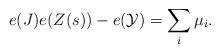
LaTeX: \begin{align*}e(J)e(Z(s))-e(\mathcal Y)=\sum_i \mu_i.\end{align*}